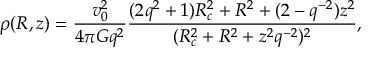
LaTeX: \rho ( R , z ) = \frac { v _ { 0 } ^ { 2 } } { 4 \pi G q ^ { 2 } } \frac { ( 2 q ^ { 2 } + 1 ) R _ { c } ^ { 2 } + R ^ { 2 } + ( 2 - q ^ { - 2 } ) z ^ { 2 } } { ( R _ { c } ^ { 2 } + R ^ { 2 } + z ^ { 2 } q ^ { - 2 } ) ^ { 2 } } ,